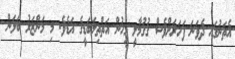
އެތަނުގައ ދެވަނަ ފަހަރަށްވެސް ގުގުމާލީ މީހުން އަތްތިލަބަޑީގެ އަޑެވެ. މި މަންޒަރު ބަލަން